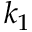
k _ { 1 }